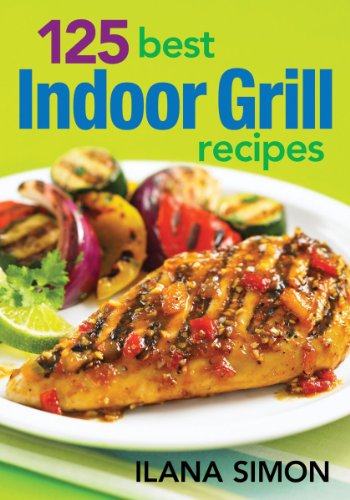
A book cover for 125 Best Indoor Grill Recipes; Ilana Simon; Cookbooks, Food & Wine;